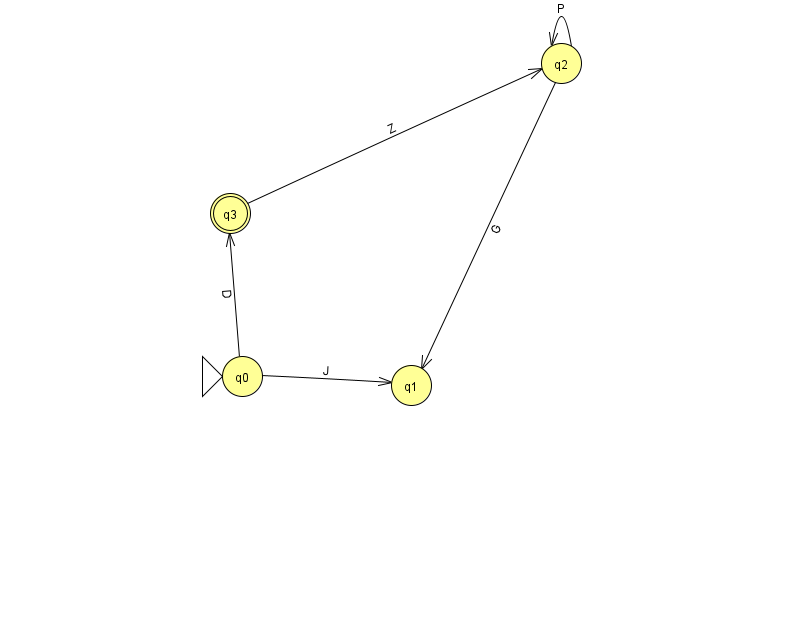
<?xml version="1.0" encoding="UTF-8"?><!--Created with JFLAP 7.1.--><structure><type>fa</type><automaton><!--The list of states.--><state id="0" name="q0"><x>242.0</x><y>363.0</y><initial/></state><state id="1" name="q1"><x>411.0</x><y>372.0</y></state><state id="2" name="q2"><x>561.0</x><y>50.0</y></state><state id="3" name="q3"><x>230.0</x><y>200.0</y><final/></state><!--The list of transitions.--><transition><from>2</from><to>2</to><read>P</read></transition><transition><from>2</from><to>1</to><read>G</read></transition><transition><from>3</from><to>2</to><read>Z</read></transition><transition><from>0</from><to>1</to><read>J</read></transition><transition><from>0</from><to>3</to><read>D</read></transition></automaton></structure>